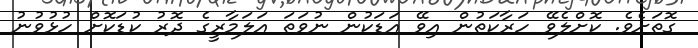
ގޮތަށެވެ. ކޮށްލެވޭ ހަރާކަތުން އިވޭ އަޑަކުން ނުވަތަ އަލަމާރީގެ ދޮރު ކުޑަކޮށް ހުޅުވުނު